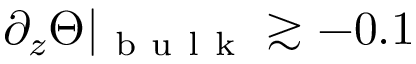
\partial _ { z } \Theta \vert _ { \mathrm { ~ b ~ u ~ l ~ k ~ } } \gtrsim - 0 . 1